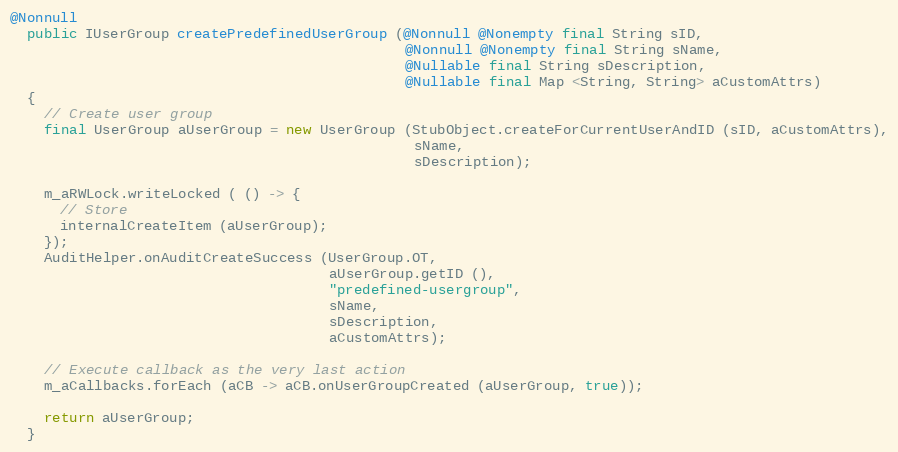
Language: Java
@Nonnull
  public IUserGroup createPredefinedUserGroup (@Nonnull @Nonempty final String sID,
                                               @Nonnull @Nonempty final String sName,
                                               @Nullable final String sDescription,
                                               @Nullable final Map <String, String> aCustomAttrs)
  {
    // Create user group
    final UserGroup aUserGroup = new UserGroup (StubObject.createForCurrentUserAndID (sID, aCustomAttrs),
                                                sName,
                                                sDescription);

    m_aRWLock.writeLocked ( () -> {
      // Store
      internalCreateItem (aUserGroup);
    });
    AuditHelper.onAuditCreateSuccess (UserGroup.OT,
                                      aUserGroup.getID (),
                                      "predefined-usergroup",
                                      sName,
                                      sDescription,
                                      aCustomAttrs);

    // Execute callback as the very last action
    m_aCallbacks.forEach (aCB -> aCB.onUserGroupCreated (aUserGroup, true));

    return aUserGroup;
  }